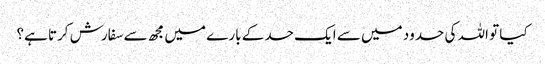
کیا تو اللہ کی حدود میں سے ایک حد کے بارے میں مجھ سے سفارش کرتا ہے؟